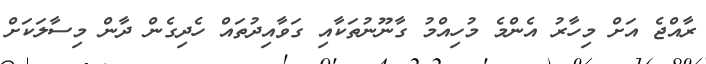
ރާއްޖެ އަށް މިހާރު އެންމެ މުހިއްމު ގާނޫނުތަކާއި ގަވާއިދުތައް ހެދިގެން ދާން މިސާލަކަށް